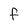
Character: f